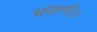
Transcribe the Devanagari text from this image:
भवानी।।